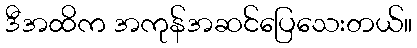
ဒီအထိက အကုန်အဆင်ပြေသေးတယ်။